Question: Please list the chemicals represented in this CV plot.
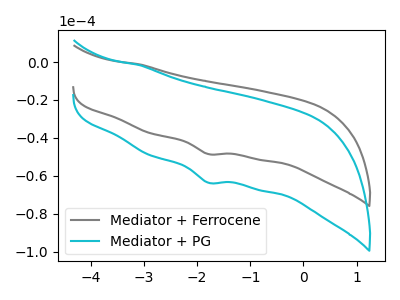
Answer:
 <answer>The gray curve is labeled "Mediator + Ferrocene". The cyan curve is labeled "Mediator + PG".</answer>
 <eval></eval>